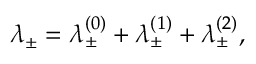
\lambda _ { \pm } = \lambda _ { \pm } ^ { ( 0 ) } + \lambda _ { \pm } ^ { ( 1 ) } + \lambda _ { \pm } ^ { ( 2 ) } ,